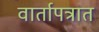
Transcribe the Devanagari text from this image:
वार्तापत्रात